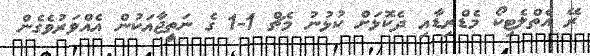
ރޭ އެތްލެޓިކޯ މެޑްރިޑާއި ދެކޮޅަށް ކުޅުނު މެޗް 1-1 ގެ ނަތީޖާއަކުން އެއްވަރުވެގެން